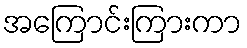
အကြောင်းကြားကာ